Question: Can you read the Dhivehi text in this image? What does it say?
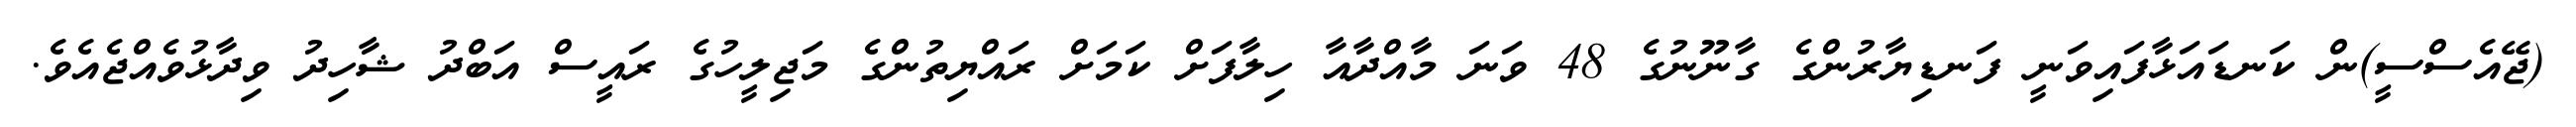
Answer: (ޖޭއެސްސީ)ން ކަނޑައަޅާފައިވަނީ ފަނޑިޔާރުންގެ ގާނޫނުގެ 48 ވަނަ މާއްދާއާ ހިލާފަށް ކަމަށް ރައްޔިތުންގެ މަޖިލީހުގެ ރައީސް އަބްދު ޝާހިދު ވިދާޅުވެއްޖެއެވެ.